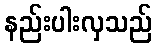
နည်းပါးလှသည်